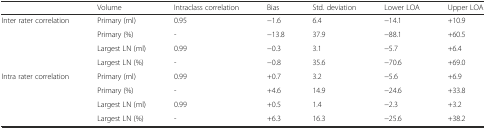
<table><thead><tr><td>[EMPTY_CELL]</td><td><b>Volume</b></td><td><b>Intraclass correlation</b></td><td><b>Bias</b></td><td><b>Std. deviation</b></td><td><b>Lower LOA</b></td><td><b>Upper LOA</b></td></tr></thead><tbody><tr><td rowspan="4">Inter rater correlation</td><td>Primary (ml)</td><td>0.95</td><td>−1.6</td><td>6.4</td><td>−14.1</td><td>+10.9</td></tr><tr><td>Primary (%)</td><td>-</td><td>−13.8</td><td>37.9</td><td>−88.1</td><td>+60.5</td></tr><tr><td>Largest LN (ml)</td><td>0.99</td><td>−0.3</td><td>3.1</td><td>−5.7</td><td>+6.4</td></tr><tr><td>Largest LN (%)</td><td>-</td><td>−0.8</td><td>35.6</td><td>−70.6</td><td>+69.0</td></tr><tr><td rowspan="4">Intra rater correlation</td><td>Primary (ml)</td><td>0.99</td><td>+0.7</td><td>3.2</td><td>−5.6</td><td>+6.9</td></tr><tr><td>Primary (%)</td><td>-</td><td>+4.6</td><td>14.9</td><td>−24.6</td><td>+33.8</td></tr><tr><td>Largest LN (ml)</td><td>0.99</td><td>+0.5</td><td>1.4</td><td>−2.3</td><td>+3.2</td></tr><tr><td>Largest LN (%)</td><td>-</td><td>+6.3</td><td>16.3</td><td>−25.6</td><td>+38.2</td></tr></tbody></table>